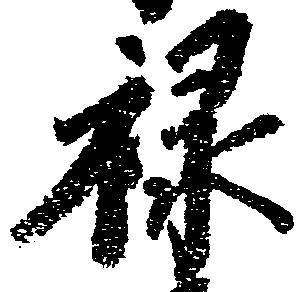
禄